Vaccination in Bombay 1889-1901 - 1889-1901
Year: 1889
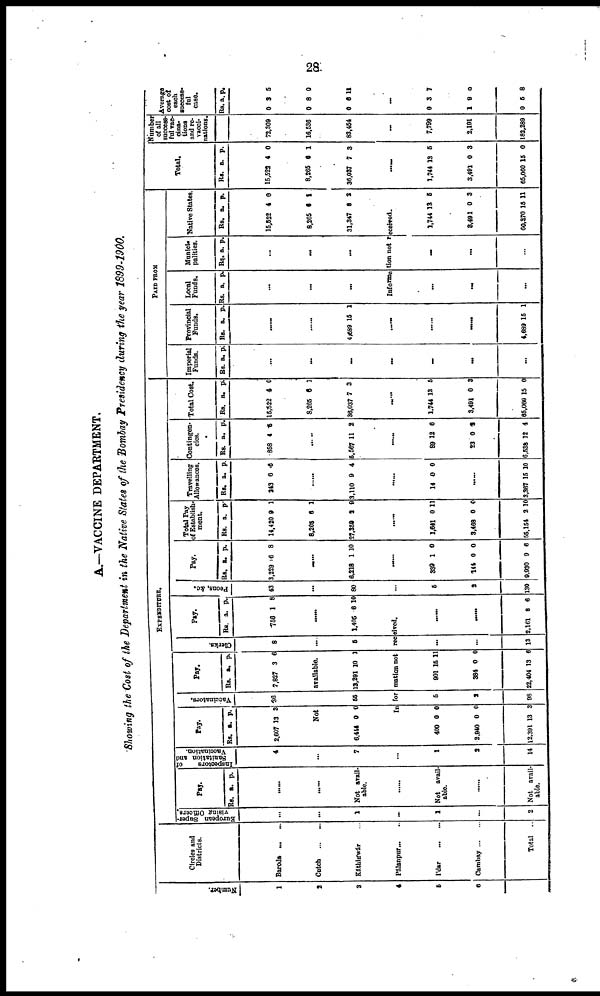
28
A.—VACCINE DEPARTMENT.
Showing the Cost of the Department in the Native States of the Bombay Presidency during the year 1899-1900.
Number.
1
2
3
4
5
6
Circles and
Districts.
Baroda ... ...
Cutch
...
...
Káthiáwár ...
Pálanpur...
...
I'dar
...
...
Cambay...
...
Total ...
EXPENDITURE.
European Super-
vising Officers.
...
...
1
...
1
...
2
Pay.
Rs. a. p.
......
......
Not avail-
able.
......
Not avail-
able.
......
Not avail-
able.
Inspectors
of
Sanitation and
Vaccination.
4
...
7
...
1
2
14
Pay.
Rs.
2,607
a.
13
p.
3
Vaccinators.
36
Pay.
Rs.
7,827
a.
3
p.
6
Not
available.
6,444 0 0 55 13,291 10 1
Clerks.
8
...
5
pay.
Rs.
756
a.
1
p.
8
......
1,405 6 10
Information not received.
400
2,940
12,391
0
0
13
0
0
3
5
2
98
901
384
22,404
15
0
13
11
0
6
...
...
13
......
......
2,161 8 6
Peons, &c.
43
...
80
...
5
2
130
Pay.
Rs.
3,229
a.
6
p.
8
......
6,218 1 10
......
339
144
9,930
1
0
9
0
0
6
Total Pay
of Establish-
ment.
Rs.
14,420
8,265
27,359
a.
9
6
2
p.
1
1
9
......
1,641
3,468
55,154
0
0
2
11
0
10
Travelling
Allowances.
Rs.
243
a.
6
p.
6
......
3,110 9 4
......
14 0 0
......
3,367 15 10
Contingen-
cies.
Rs.
858
a.
4
p.
5
5,567 11 2
......
89
23
6,538
12
0
12
6
3
4
Total Cost.
Rs.
15,522
8,265
36,037
a.
4
6
7
p.
0
1
3
......
1,744
3,491
65,060
13
0
15
5
3
0
PAID FORM
Imperial
Funds.
Rs. a. p.
...
...
...
...
...
...
...
Provincial
Funds.
Rs. a. p.
......
......
4,689 15 1
......
......
......
4,689 15 1
Local
Funds.
Rs. a. p.
...
...
...
Munici-
palities.
Rs. a. p.
...
...
...
Native States.
Rs.
15,522
8,265
31,347
a.
4
6
8
p.
0
1
2
Information not received.
...
...
...
...
...
...
1,744
3,491
60,870
13
0
15
5
3
11
Total.
Rs.
15,522
8,265
36,037
a.
4
6
7
p.
0
1
3
......
1,744
3,491
65,060
13
0
15
5
3
0
Number
of all
success-
ful vac¬
cina¬
tions
and re¬
vacci-
nations.
72,309
16,536
83,454
...
7,799
2,191
182,289
Average
cost of
each
success-
ful
case.
Rs.
0
0
0
a
3
8
6
p.
5
0
11
...
0
1
0
3
9
5
7
0
8